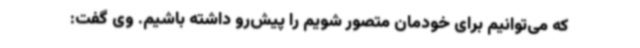
که می‌توانیم برای خودمان متصور شویم را پیش‌رو داشته باشیم. وی گفت: